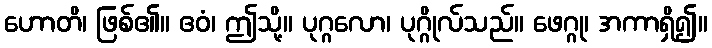
ဟောတိ၊ ဖြစ်၏။ ဧဝံ၊ ဤသို့။ ပုဂ္ဂလော၊ ပုဂ္ဂိုလ်သည်။ ဖေဂ္ဂု၊ အကာရှိ၍။